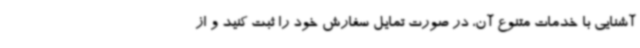
آشنایی با خدمات متنوع آن، در صورت تمایل سفارش خود را ثبت کنید و از